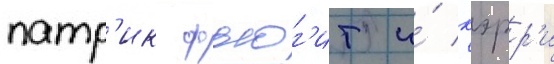
патр'ик фьюг'ит и́ кэрр'и